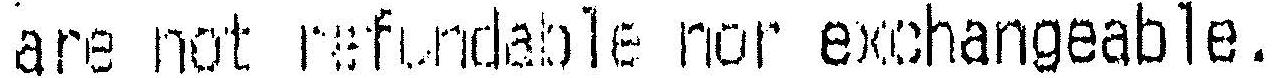
ARE NOT REFUNDABLE NOR EXCHANGEABLE.